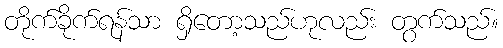
တိုက်ခိုက်ရန်သာ ရှိတော့သည်ဟုလည်း တွက်သည်။